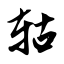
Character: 轱